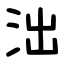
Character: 泏